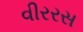
વીરરસ